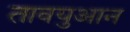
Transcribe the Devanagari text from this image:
तावयुआन